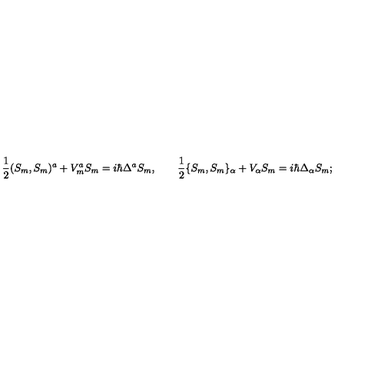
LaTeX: \mathrm { \frac { 1 } { 2 } } ( S _ { m } , S _ { m } ) ^ { a } + V _ { m } ^ { a } S _ { m } = i \hbar \Delta ^ { a } S _ { m } , \qquad \mathrm { \frac { 1 } { 2 } } \{ S _ { m } , S _ { m } \} _ { \alpha } + V _ { \alpha } S _ { m } = i \hbar \Delta _ { \alpha } S _ { m } ;